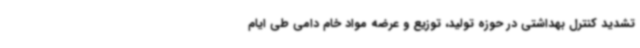
تشدید کنترل بهداشتی در حوزه تولید، توزیع و عرضه مواد خام دامی طی ایام